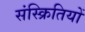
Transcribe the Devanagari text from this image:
संस्क्रितियों